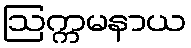
ဩက္ကမနာယ